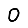
Digit: 0